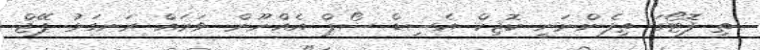
ތި ފޮޓޯގަ ތިފެންނަނީ ކޮޖިކް އެސިޑް ސޯޕް އެއްނޫން. ވަރައް ރަނގަޅު ޕޭޖް